Riigikantselei, lk 101
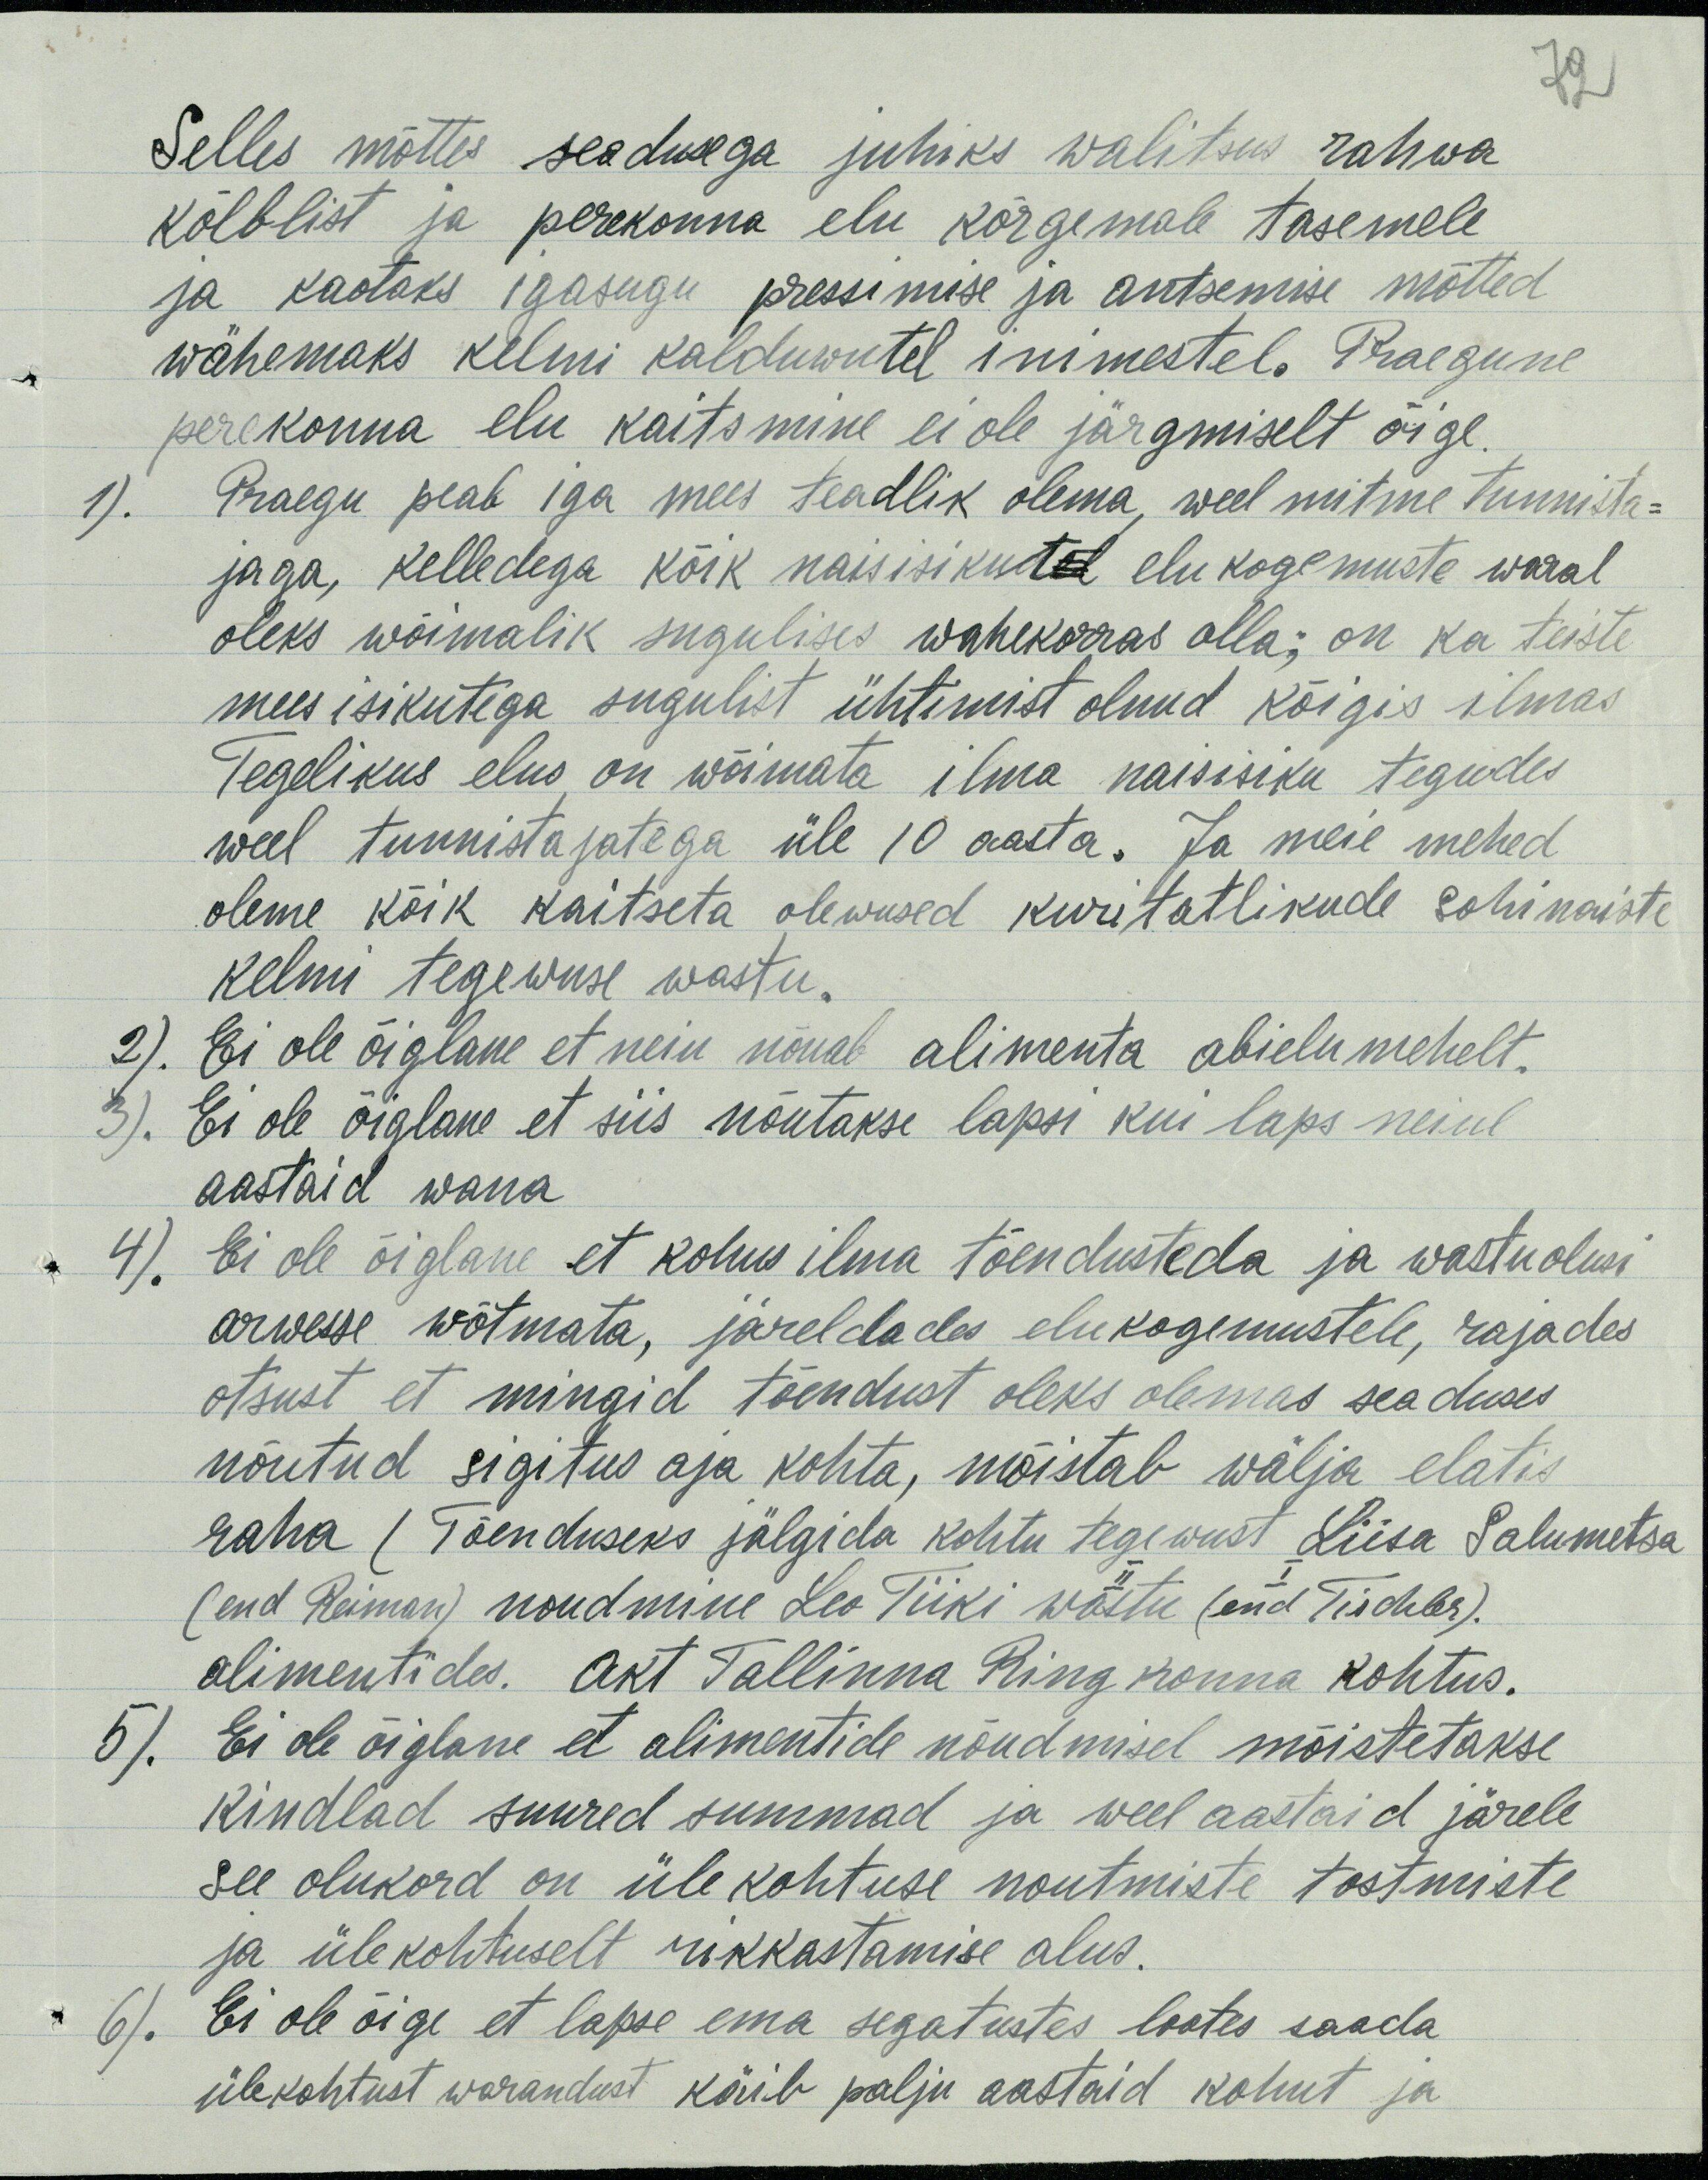
Selles mõttes seadusega juhiks walitsus rahwa
kõlblist ja perekonna elu kõrgemale tasemele
ja kaotaks igasugu pressimise ja antsemise mõtted
wähemaks kelmi kalduwutel inimestel. Praegune
perekonna elu kaitsmine ei ole järgmiselt õige.
1). Praegu peab iga mees teadlik olema, weel mitme tunnista-
jaga, kelledega kõik naisisikutel elukogemuste waral
oleks wõimalik sugulises wahekorras olla; on ka teiste
mees isikutega sugulist ühtimist olnud kõigis ilmas
Tegelikus elus on wõimata ilma naisisiku tegudes
weel tunnistajatega üle 10 aasta. Ja meie mehed
oleme kõik kaitseta olewused kuritatlikude sohinaiste
kelmi tegewuse wastu.
2). Ei ole õiglane et neiu nõuab alimenta abielumehelt.
3). Ei ole õiglane et siis nõutakse lapsi kui laps neiul
aastaid wana
4). Ei ole õiglane et kohus ilma tõendusteda ja wastuolusi
arwesse wõtmata, järeldades elukogemustele, rajades
otsust et mingid tõendust oleks olemas seaduses
nõutud sigitus aja kohta, mõistab wälja elatis
raha (Tõenduseks jälgida kohtu tegewust Liisa Salumetsa
I
II
(end Reiman) noudmine Leo Tiiki wastu (end Tischler).
alimentides. Akt Tallinna Ringkonna kohtus.
5). Ei ole õiglane et alimentide nõudmisel mõistetakse
kindlad suured summad ja weel aastaid järele
see olukord on ülekohtuse noutmiste tostmiste
ja ülekohtuselt rikkastamise alus.
6). Ei ole õige et lapse ema segatustes lootes saada
ülekohtust warandust käib palju aastaid kohut ja